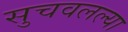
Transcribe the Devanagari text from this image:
सुचवलल्या